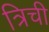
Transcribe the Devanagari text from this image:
त्रिची